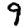
Digit: 9